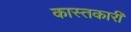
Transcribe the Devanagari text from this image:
कास्तकारी